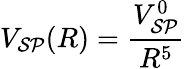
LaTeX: V_{\mathcal{SP}}(R)=\frac{V_{\mathcal{SP}}^{0}}{R^{5}}